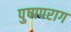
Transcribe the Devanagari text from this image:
पुष्पपराग